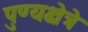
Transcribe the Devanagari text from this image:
पुण्यक्षेत्रे